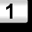
Digit: 1